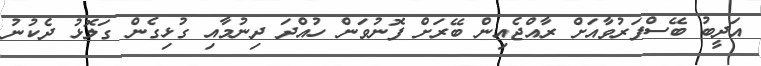
އަދީބު ބޭސްފަރުވާއަށް ރާއްޖެއިން ބޭރަށް ފޮނުވަން ހުއްދަ ދިނުމާއި ގުޅިގެން ގަލޮޅު ދެކުނު